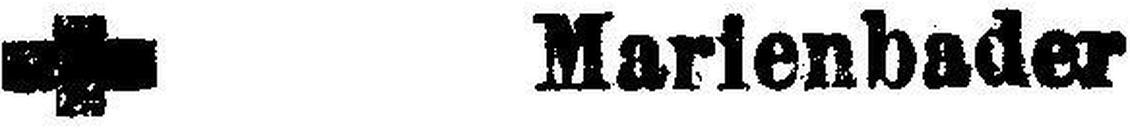
Marienbader